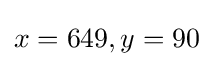
x=649,y=90